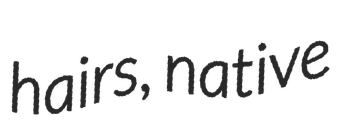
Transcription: hairs, native